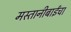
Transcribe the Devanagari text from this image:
मस्तानीबाईंचा